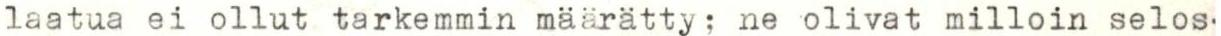
laatua ei ollut tarkemmin määrätty, ne olivat milloin selos